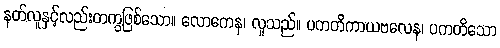
နတ်လူနှင့်လည်းတကွဖြစ်သော။ လောကေန၊ လူသည်။ ပကတိကာယဗလေန၊ ပကတိသော